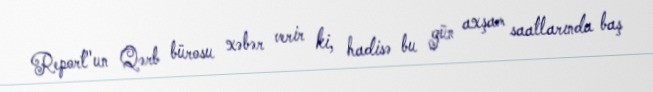
Report"un Qərb bürosu xəbər verir ki, hadisə bu gün axşam saatlarında baş